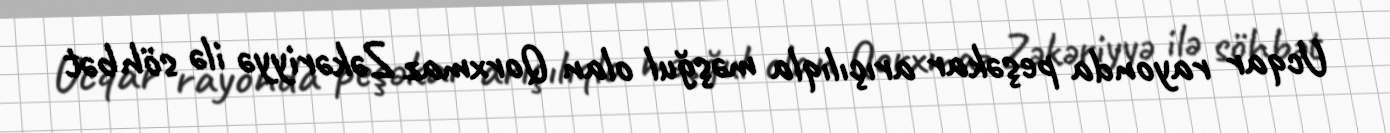
Ucqar rayonda peşəkar arıçılıqla məşğul olan Qorxmaz Zəkəriyyə ilə söhbət